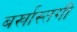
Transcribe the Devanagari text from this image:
बर्खास्‍तगी